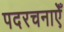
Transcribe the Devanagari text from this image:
पदरचनाएँ